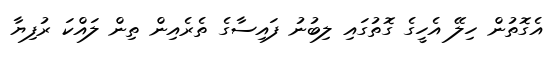
އެގޮތުން ހިލޭ އެހީގެ ގޮތުގައި ލިބުނު ފައިސާގެ ތެރެއިން ތިން ލައްކަ ރުފިޔާ